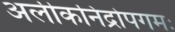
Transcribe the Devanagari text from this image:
अलीकनिद्रोपगमः